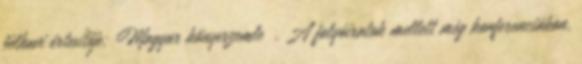
félhavi értesítője; Magyar könyvszemle . A folyóiratok mellett még konferenciákon,